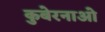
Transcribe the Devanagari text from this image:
कुबेरनाओ